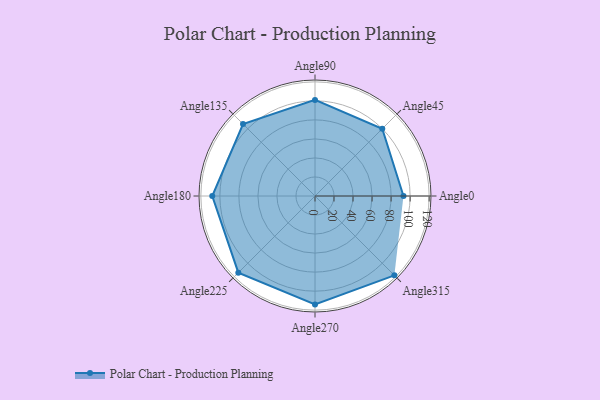
{"axis": {"x": "Angle", "y": "Radius"}, "legend": [""], "data": [{"x": "Angle0", "y": 93.0, "type": ""}, {"x": "Angle45", "y": 100.0, "type": ""}, {"x": "Angle90", "y": 101.0, "type": ""}, {"x": "Angle135", "y": 107.0, "type": ""}, {"x": "Angle180", "y": 108.0, "type": ""}, {"x": "Angle225", "y": 114.0, "type": ""}, {"x": "Angle270", "y": 114.0, "type": ""}, {"x": "Angle315", "y": 118.0, "type": ""}]}